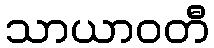
သာယာဝတီ